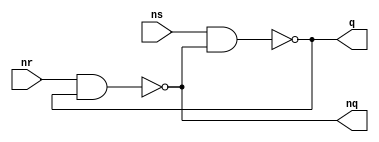
module Latch(
  input ns,
  input nr,
  output q,
  output nq
);

  reg q;
  reg nq;

  always @( * ) begin
    q  <= ns ~& nq;
    nq <= nr ~& q;
  end

endmodule